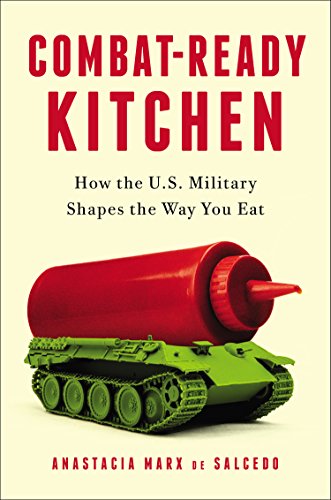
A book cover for Combat-Ready Kitchen: How the U.S. Military Shapes the Way You Eat; Anastacia Marx de Salcedo; Science & Math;